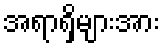
အရာရှိများအား